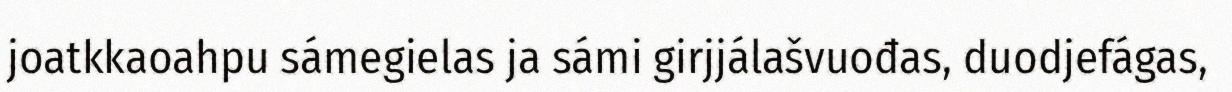
joatkkaoahpu sámegielas ja sámi girjjálašvuođas, duodjefágas,